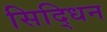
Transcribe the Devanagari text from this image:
सिद्धिन